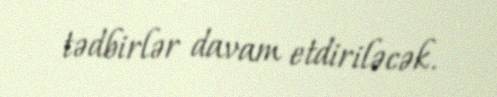
tədbirlər davam etdiriləcək.